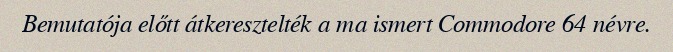
Bemutatója előtt átkeresztelték a ma ismert Commodore 64 névre.